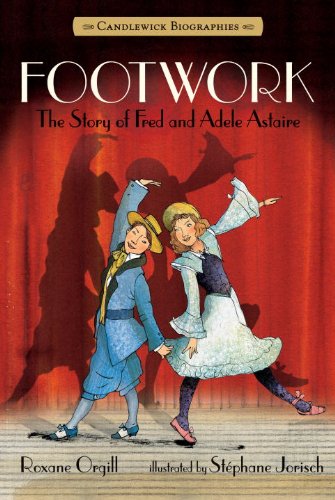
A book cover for Footwork: Candlewick Biographies: The Story of Fred and Adele Astaire; Roxane Orgill; Children's Books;